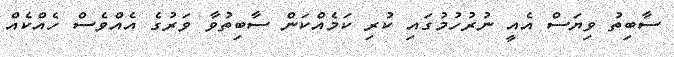
ސާބިތު ވިޔަސް އެއީ ނުރުހުމުގައި ކުރި ކަމެއްކަން ސާބިތުވާ ވަރުގެ އެއްވެސް ހެއްކެއް